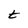
Character: t